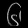
Digit: ၆